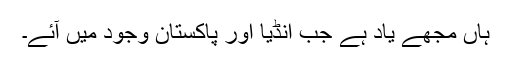
ہاں مجھے یاد ہے جب انڈیا اور پاکستان وجود میں آئے۔